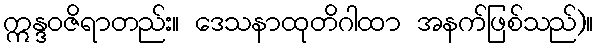
ဣန္ဒဝဇိရာတည်း။ ဒေသနာထုတိဂါထာ အနက်ဖြစ်သည်)။